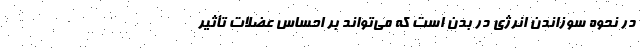
در نحوه سوزاندن انرژی در بدن است که می‌تواند بر احساس عضلات تأثیر